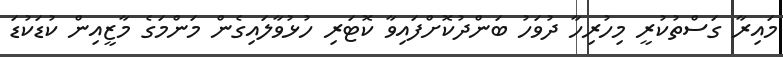
މައިރާ ގަސްތުކުރީ މިހުރިހާ ދުވަހު ބަންދުކޮށްފައިވާ ކޮޓަރި ހުޅުވާލައިގެން މަންމަގެ މާޒީއިން ކުޑަކުޑަ